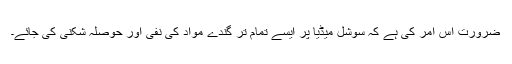
ضرورت اس امر کی ہے کہ سوشل میڈیا پر ایسے تمام تر گندے مواد کی نفی اور حوصلہ شکنی کی جائے۔